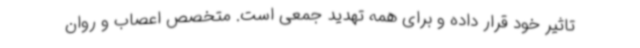
تاثیر خود قرار داده و برای همه تهدید جمعی است. متخصص اعصاب و روان